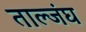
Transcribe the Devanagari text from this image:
ताल्जंघ